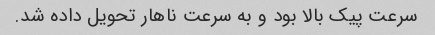
سرعت پیک بالا بود و به سرعت ناهار تحویل داده شد.